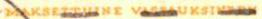
MAKSETTUINE VASTAUKSINEEN